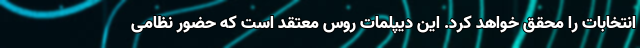
انتخابات را محقق خواهد کرد. این دیپلمات روس معتقد است که حضور نظامی